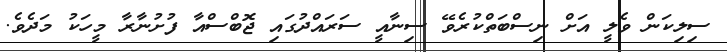
ސިލިކަން ވެލީ އަށް ނިސްބަތްކުރެވޭ ސިނާއީ ސަރައްދުގައި ޖޮބްސްއާ ފުށުނާރާ މީހަކު މަދެވެ.